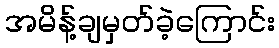
အမိန့်ချမှတ်ခဲ့ကြောင်း